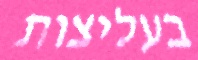
בעליצות